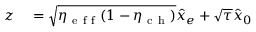
\begin{array} { r l } { z } & { { } = \sqrt { \eta _ { \mathrm { ~ e ~ f ~ f ~ } } ( 1 - \eta _ { \mathrm { ~ c ~ h ~ } } ) } \hat { x } _ { e } + \sqrt { \tau } \hat { x } _ { 0 } } \end{array}